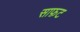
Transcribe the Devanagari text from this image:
साफ़ट